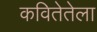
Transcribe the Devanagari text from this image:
कवितेतेला